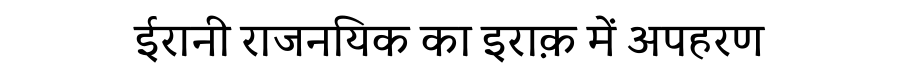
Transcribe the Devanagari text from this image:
ईरानी राजनयिक का इराक़ में अपहरण